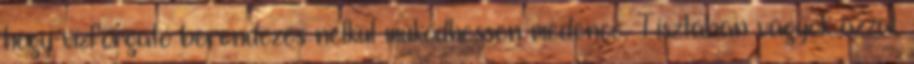
hogy vízforgató berendezés nélkül működhessen medence. Tisztában vagyok azzal,